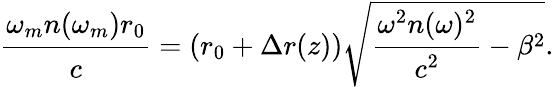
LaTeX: \cfrac{\omega_{m}n(\omega_{m})r_{0}}{c}=(r_{0}+\Delta r(z))\sqrt{\cfrac{\omega^{2}n(\omega)^{2}}{c^{2}}-\beta^{2}}.